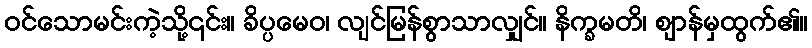
ဝင်သောမင်းကဲ့သို့၎င်း။ ခိပ္ပမေဝ၊ လျင်မြန်စွာသာလျှင်။ နိက္ခမတိ၊ ဈာန်မှထွက်၏။